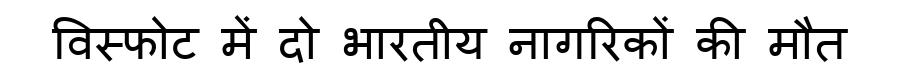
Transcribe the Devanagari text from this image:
विस्फोट में दो भारतीय नागरिकों की मौत